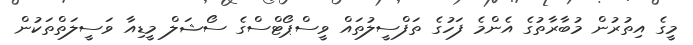
މީގެ އިތުރުން މުބާރާތުގެ އެންމެ ފަހުގެ ތަފްސީލުތައް ވީސްޕޯޓްސްގެ ސޯޝަލް މީޑިއާ ވަސީލަތްތަކުން